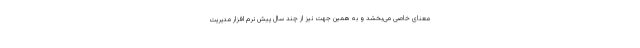
معنای خاصی می‌بخشد و به همین جهت نیز از چند سال پیش نرم افزار مدیریت